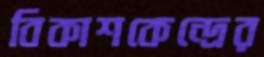
বিকাশকেন্দ্রের